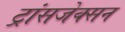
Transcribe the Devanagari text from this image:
ट्रांसजेक्सन